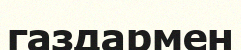
газдармен